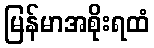
မြန်မာအစိုးရထံ